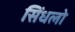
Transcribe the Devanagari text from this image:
सिंधलो